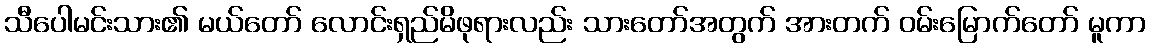
သီပေါမင်းသား၏ မယ်တော် လောင်းရှည်မိဖုရားလည်း သားတော်အတွက် အားတက် ဝမ်းမြောက်တော် မူကာ